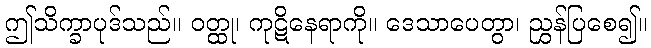
ဤသိက္ခာပုဒ်သည်။ ဝတ္ထု၊ ကုဋိနေရာကို။ ဒေသာပေတွာ၊ ညွှန်ပြစေ၍။